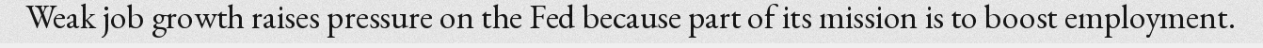
Weak job growth raises pressure on the Fed because part of its mission is to boost employment.